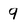
Character: 9